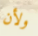
ولأن